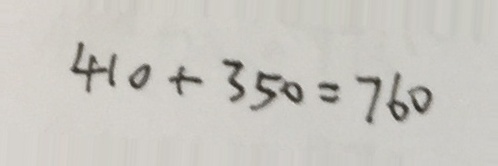
4 1 0 + 3 5 0 = 7 6 0